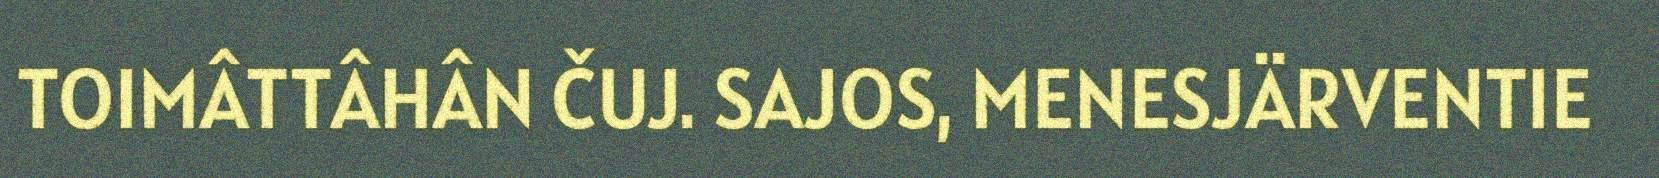
TOIMÂTTÂHÂN ČUJ. SAJOS, MENESJÄRVENTIE